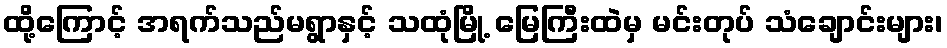
ထို့ကြောင့် အရက်သည်မရွာနှင့် သထုံမြို့ မြေကြီးထဲမှ မင်းတုပ် သံချောင်းများ၊